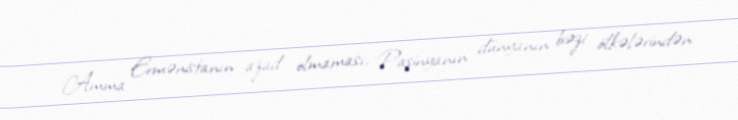
Amma Ermənistanın azad olmaması, Paşinyanın dünyanın bəzi ölkələrindən